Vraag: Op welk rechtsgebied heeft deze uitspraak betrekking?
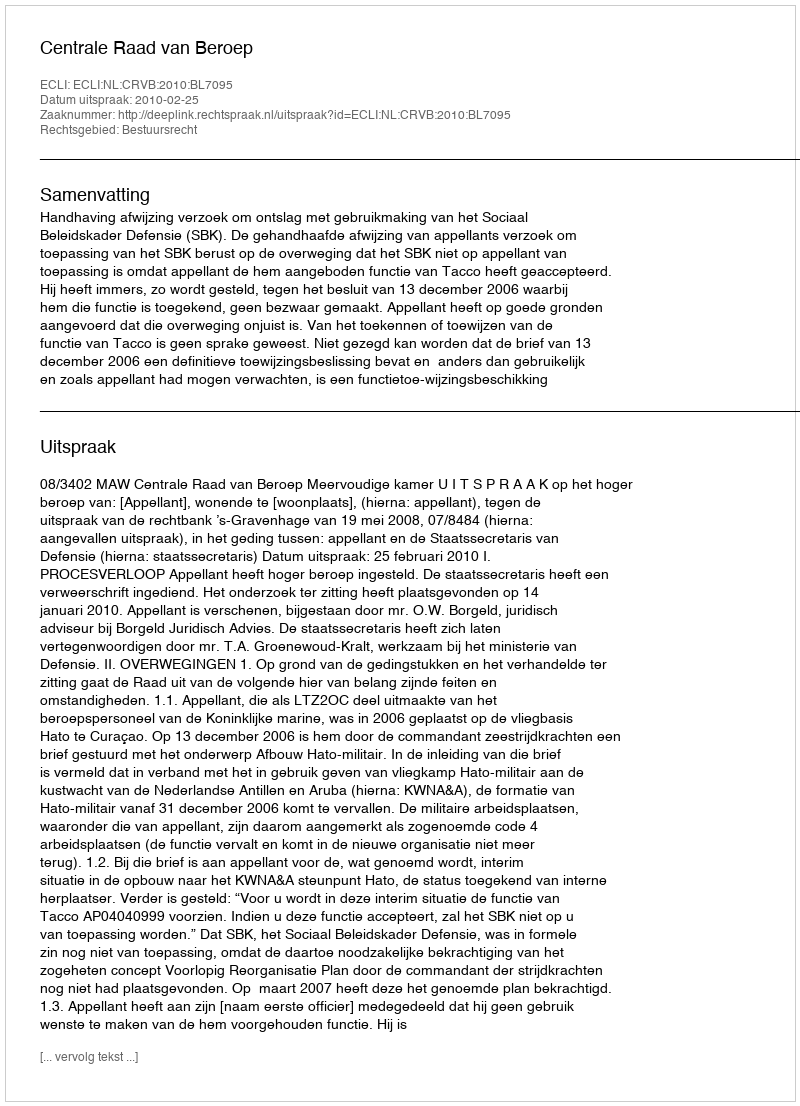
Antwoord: Bestuursrecht